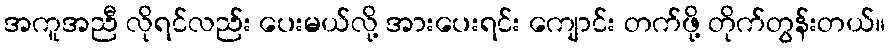
အကူအညီ လိုရင်လည်း ပေးမယ်လို့ အားပေးရင်း ကျောင်း တက်ဖို့ တိုက်တွန်းတယ်။